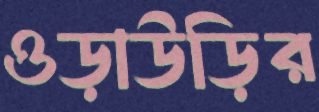
ওড়াউড়ির